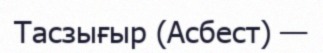
Тасзығыр (Асбест) —